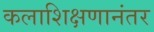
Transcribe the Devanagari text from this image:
कलाशिक्षणानंतर